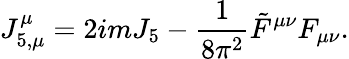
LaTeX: J_{5,\mu}^{\mu}=2imJ_{5}-\frac{1}{8\pi^{2}}\tilde{F}^{\mu\nu}F_{\mu\nu}.